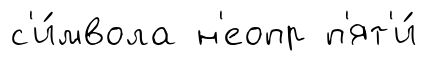
с'и́мвола н'еопр п'ят'и́